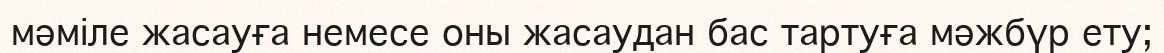
мәміле жасауға немесе оны жасаудан бас тартуға мәжбүр ету;